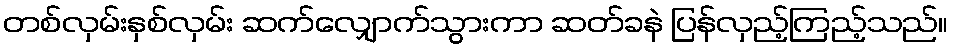
တစ်လှမ်းနှစ်လှမ်း ဆက်လျှောက်သွားကာ ဆတ်ခနဲ ပြန်လှည့်ကြည့်သည်။